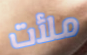
ملأت